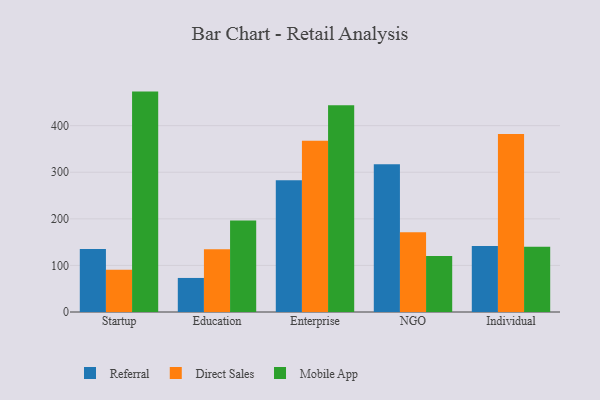
{"axis": {"x": "Segment", "y": "Active Users"}, "legend": ["Direct Sales", "Mobile App", "Referral"], "data": [{"x": "Startup", "y": 135.4, "type": "Referral"}, {"x": "Startup", "y": 90.9, "type": "Direct Sales"}, {"x": "Startup", "y": 473.1, "type": "Mobile App"}, {"x": "Education", "y": 73.1, "type": "Referral"}, {"x": "Education", "y": 134.9, "type": "Direct Sales"}, {"x": "Education", "y": 196.4, "type": "Mobile App"}, {"x": "Enterprise", "y": 282.6, "type": "Referral"}, {"x": "Enterprise", "y": 367.4, "type": "Direct Sales"}, {"x": "Enterprise", "y": 443.9, "type": "Mobile App"}, {"x": "NGO", "y": 317.2, "type": "Referral"}, {"x": "NGO", "y": 171.4, "type": "Direct Sales"}, {"x": "NGO", "y": 120.2, "type": "Mobile App"}, {"x": "Individual", "y": 141.8, "type": "Referral"}, {"x": "Individual", "y": 382.3, "type": "Direct Sales"}, {"x": "Individual", "y": 140.2, "type": "Mobile App"}]}